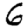
Digit: 6